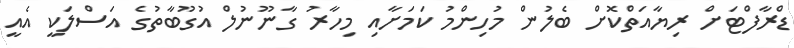
ޑްރާފްޓަށް ރިޔާއަތްކޮށް ބެލުން މުހިންމު ކަމަށާއި މިހާރު ގާނޫނުލް އުގޫބާތުގެ އަސްލަކީ އެއީ